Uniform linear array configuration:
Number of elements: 32
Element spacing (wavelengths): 0.75
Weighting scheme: binomial
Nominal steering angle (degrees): -60
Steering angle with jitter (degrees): -61.488
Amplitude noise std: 0.05
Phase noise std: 0.05

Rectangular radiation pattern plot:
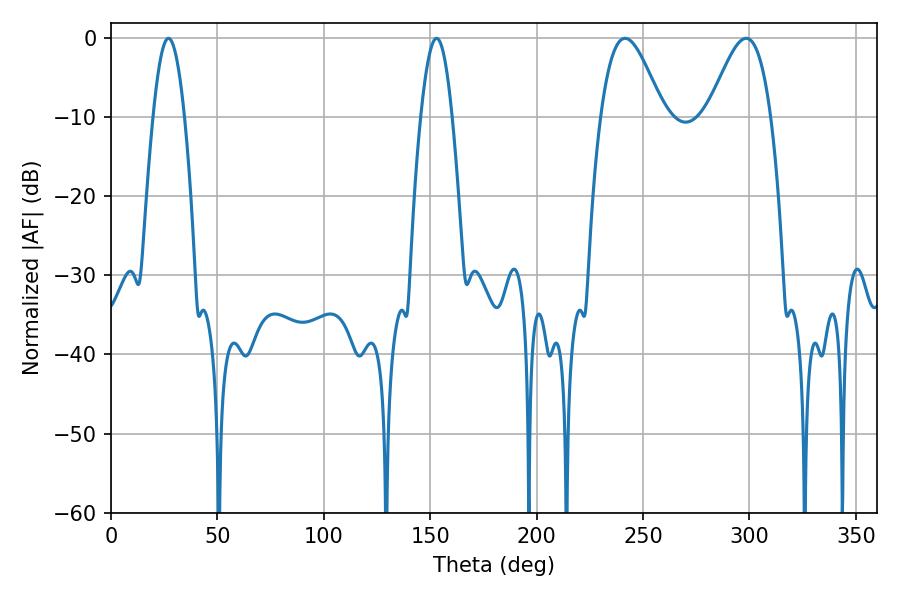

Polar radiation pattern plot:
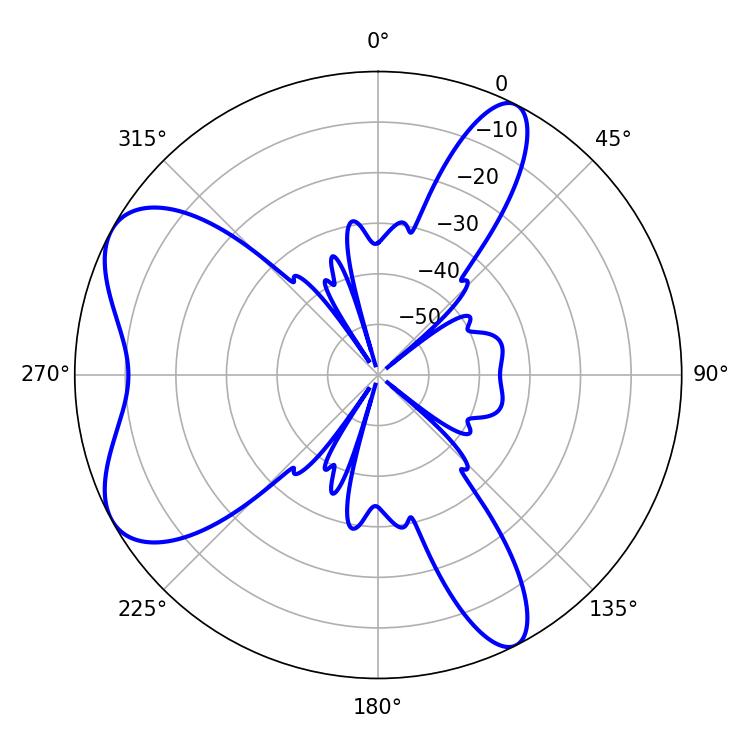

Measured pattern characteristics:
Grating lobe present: TRUE
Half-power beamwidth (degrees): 15.66
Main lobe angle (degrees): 298.44